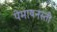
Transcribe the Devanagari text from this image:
पेमायनस्‍ती